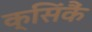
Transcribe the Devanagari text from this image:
क्सिंकैं